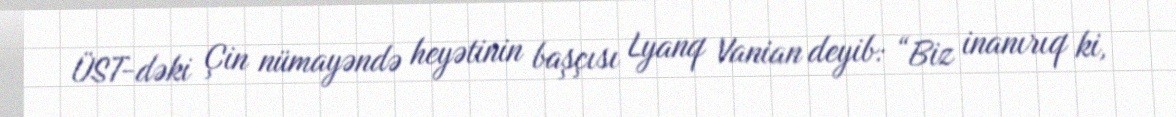
ÜST-dəki Çin nümayəndə heyətinin başçısı Lyanq Vanian deyib: “Biz inanırıq ki,